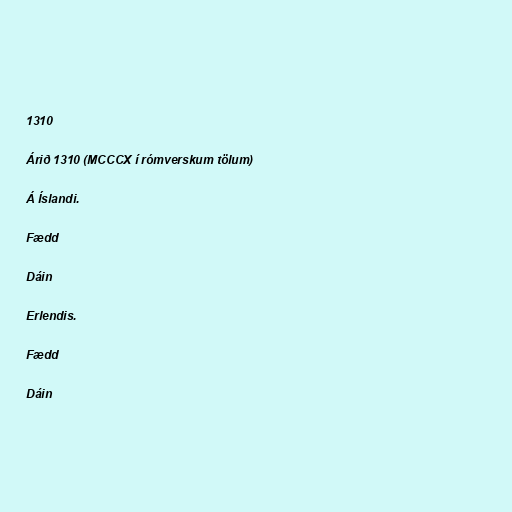
1310

Árið 1310 (MCCCX í rómverskum tölum)

Á Íslandi.

Fædd

Dáin

Erlendis.

Fædd

Dáin